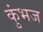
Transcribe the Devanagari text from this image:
कुंभज